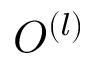
O ^ { ( l ) }